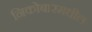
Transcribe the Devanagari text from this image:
निकोबारमधील